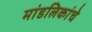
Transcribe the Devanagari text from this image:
मांडलिकांचे